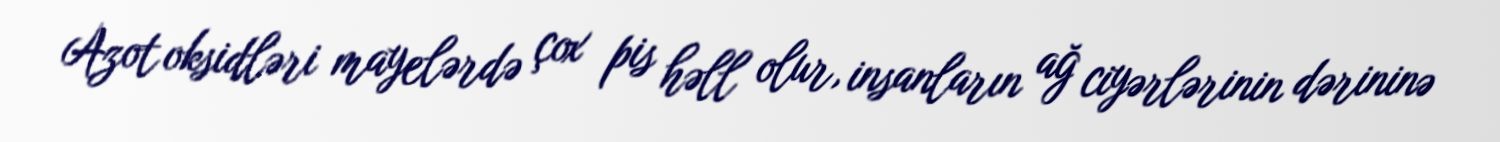
Azot oksidləri mayelərdə çox pis həll olur, insanların ağ ciyərlərinin dərininə